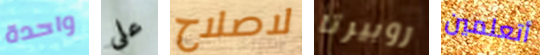
واحدة علي لاصلاح روبيرتا أتعلمين